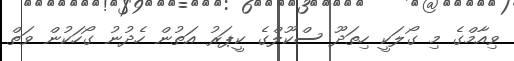
ވިއާމްގެ މި ގޯލަކީ ހިތަދޫ ސްކޫލްގެ ކީޕަރު އަތުން ހެދުނު ގޯހަކުން ވަތް